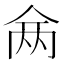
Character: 𬾇